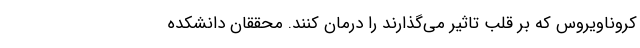
کروناویروس که بر قلب تاثیر می‌گذارند را درمان کنند. محققان دانشکده